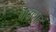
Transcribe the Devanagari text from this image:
गदाशाह